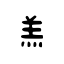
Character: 羔